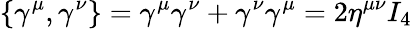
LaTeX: \displaystyle\{ \gamma^{\mu},\gamma^{\nu}\} =\gamma^{\mu}\gamma^{\nu}+\gamma^{\nu}\gamma^{\mu}=2\eta^{\mu\nu}I_{4}